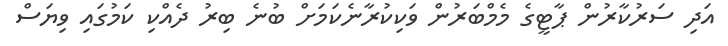
އަދި ސަރުކާރުން ޕާޓީގެ މެމްބަރުން ވަކިކުރާނެކަމަށް ބުނެ ބިރު ދެއްކި ކަމުގައި ވިޔަސް